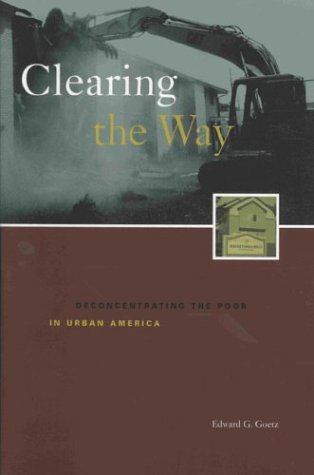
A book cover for Clearing the Way: Deconcentrating the Poor in Central American; Edward Goetz; Law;